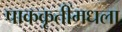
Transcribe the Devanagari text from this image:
पाककृतींमधला